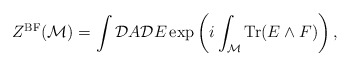
\begin{align*}Z^{{\rm BF}}({\cal M}) = \int {\cal D}A {\cal D}E \exp\left(i\int_{\cal M}{\rm Tr}(E\wedge F) \right),\end{align*}